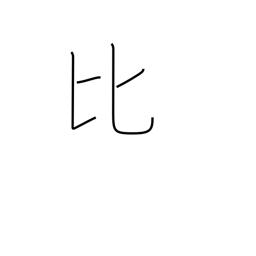
Meaning: Philippines